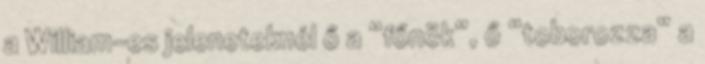
a William-es jeleneteknél ő a “főnök”, ő “toborozza” a